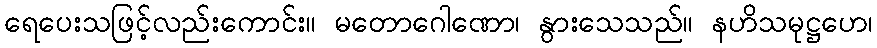
ရေပေးသဖြင့်လည်းကောင်း။ မတောဂေါဏော၊ နွားသေသည်။ နဟိသမုဋ္ဌဟေ၊